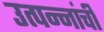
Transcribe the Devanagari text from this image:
उत्पन्नांची